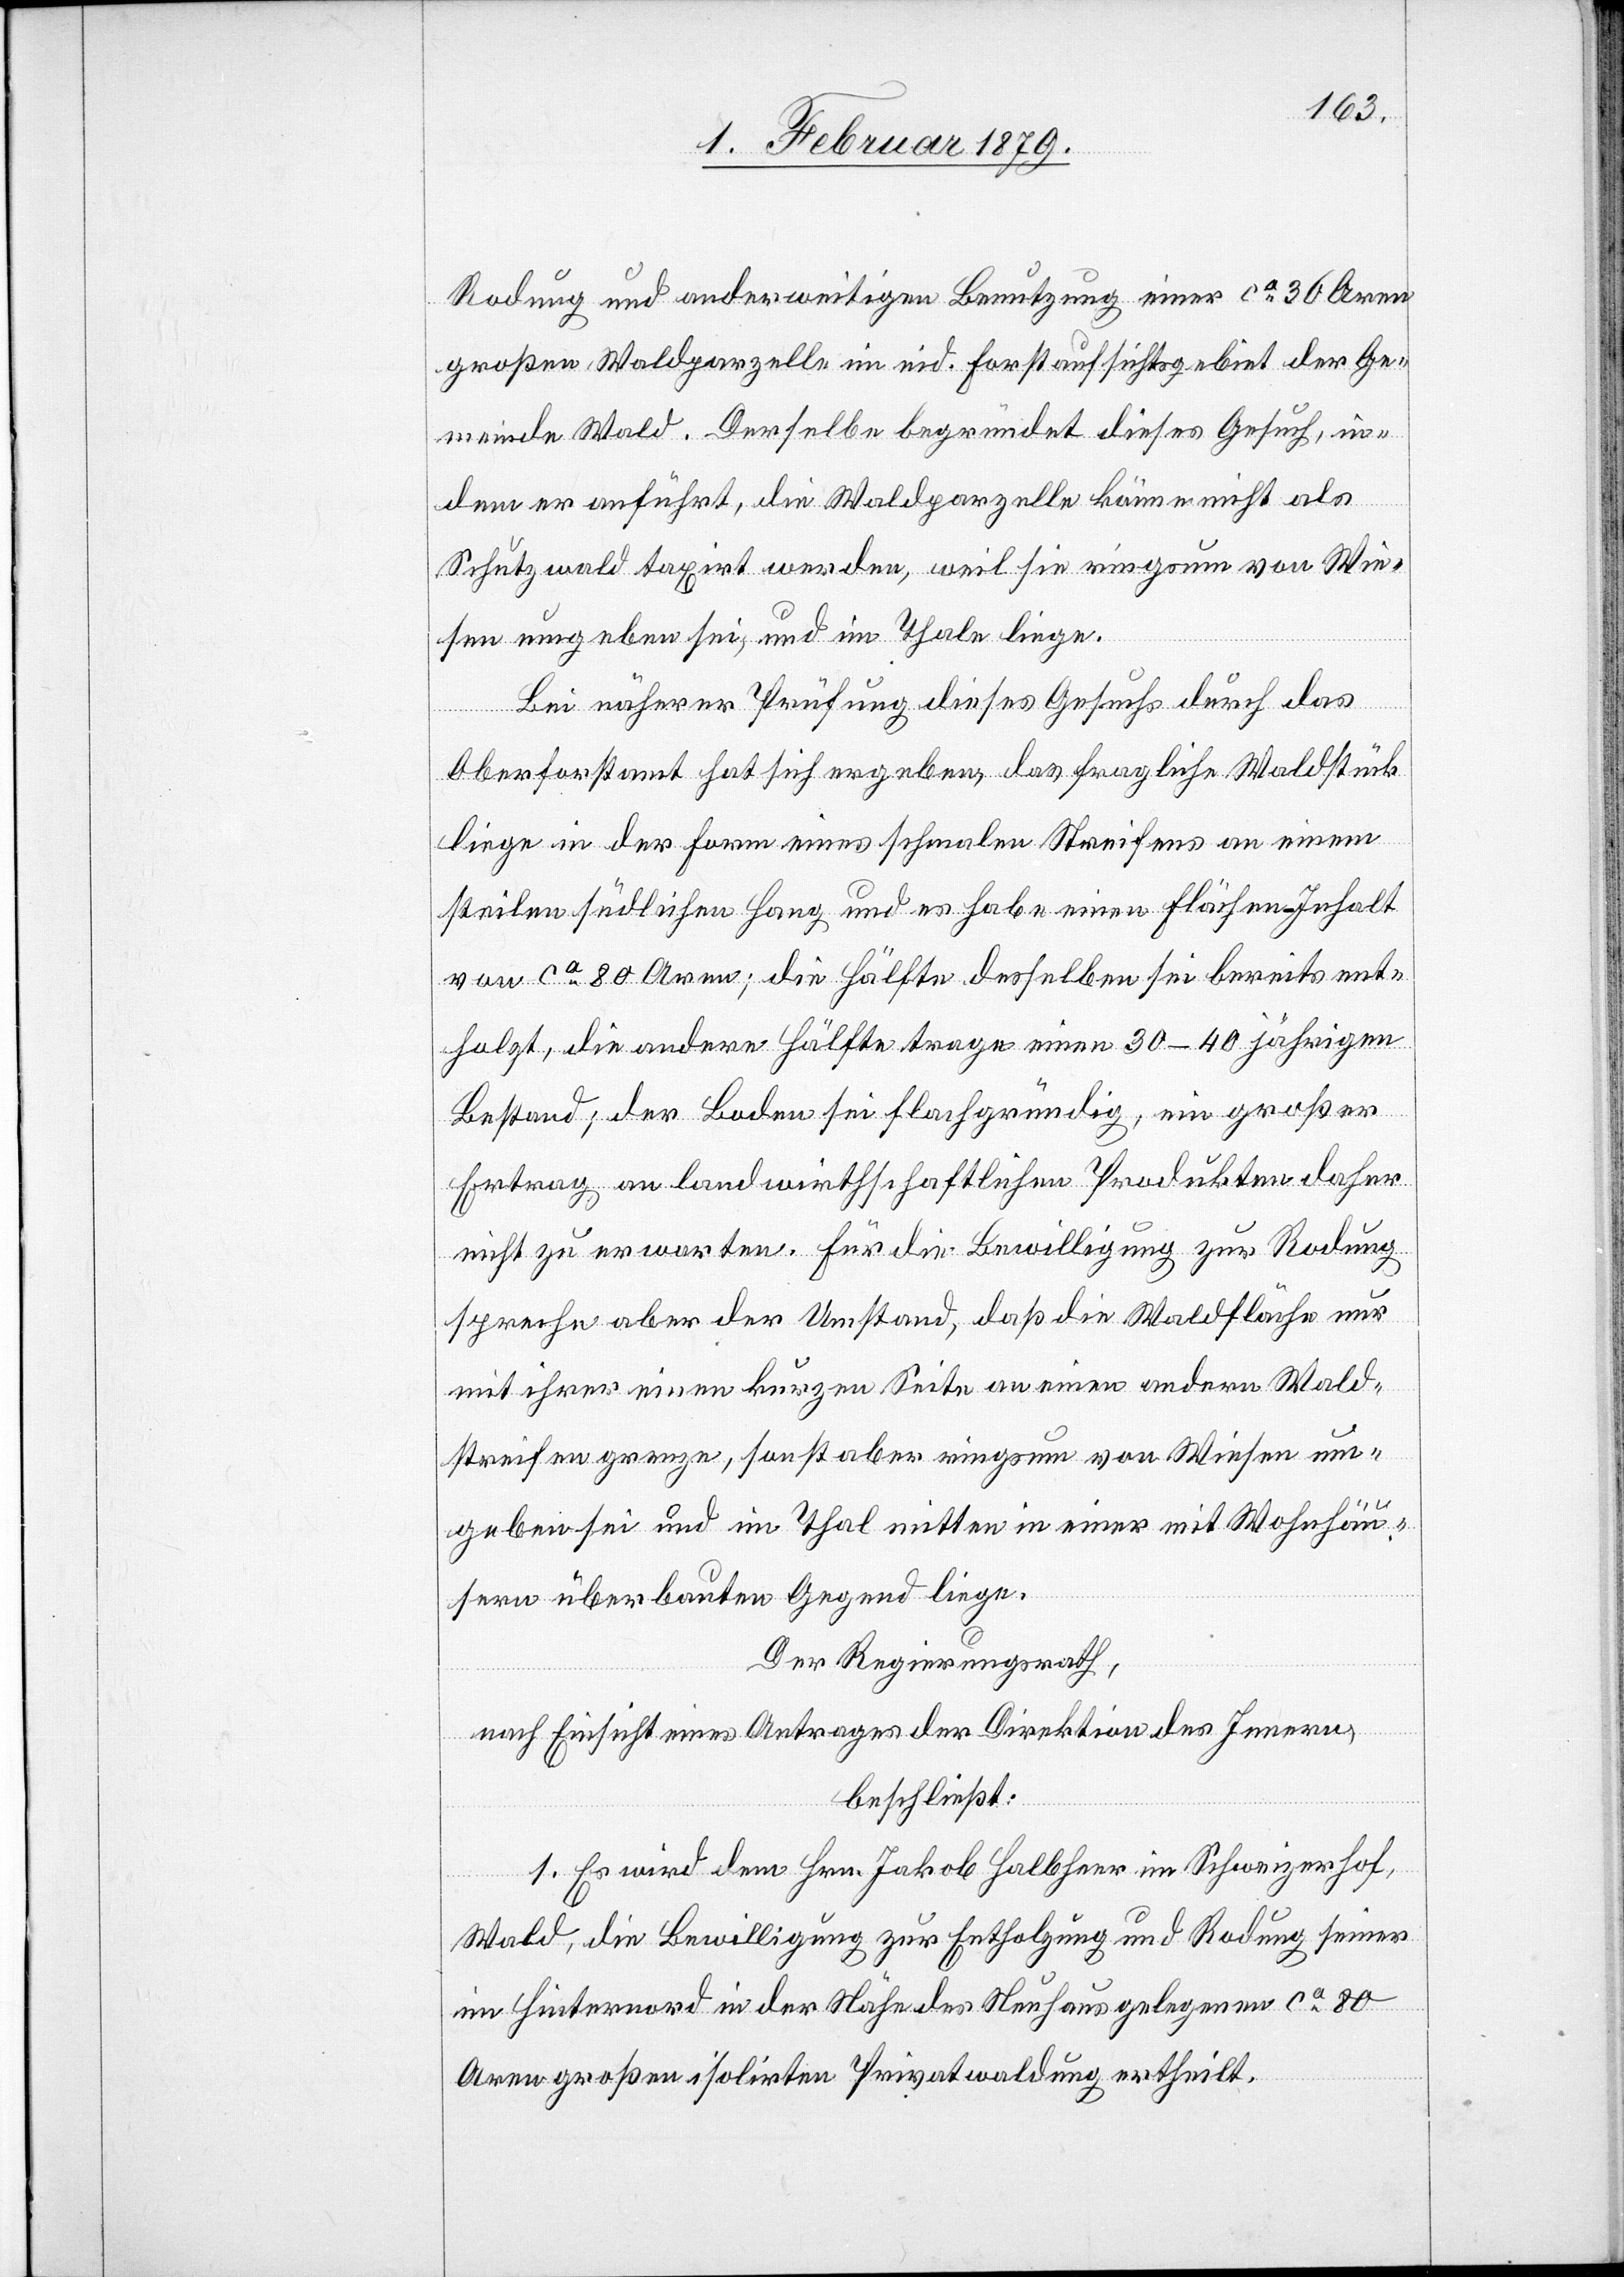
Rodung und anderweitigen Benutzung einer ca 36 Aren
großen Waldparzelle im eid. Forstaufsichtsgebiet der Ge¬
meinde Wald. Derselbe begründet dieses Gesuch, in¬
dem er anführt, die Waldparzelle könne nicht als
Schutzwald taxirt werden, weil sie ringsum von Wie¬
sen umgeben sei, und im Thale liege.
Bei näherer Prüfung dieses Gesuchs durch das
Oberforstamt hat sich ergeben, das fragliche Waldstück
liege in der Form eines schmalen Streifens an einem
steilen südlichen Hang und es habe einen Flächen-Inhalt
von ca 80 Aren; die Hälfte desselben sei bereits ent¬
holzt, die andere Hälfte trage einen 30–40 jährigen
Bestand; der Boden sei flachgründig, ein großer
Ertrag an landwirthschaftlichen Produkten daher
nicht zu erwarten. Für die Bewilligung zur Rodung
spreche aber der Umstand, daß die Waldfläche nur
mit ihrer einen kurzen Seite an einen andern Wald¬
streifen grenze, sonst aber ringsum von Wiesen um¬
geben sei und im Thal mitten in einer mit Wohnhäu¬
sern überbauten Gegend liege.
Der Regierungsrath,
nach Einsicht eines Antrages der Direktion des Innern,
beschließt:
1. Es wird dem Hrn. Jakob Halbheer im Schweizerhof,
Wald, die Bewilligung zur Entholzung und Rodung seiner
im Hinternord in der Nähe des Neuhaus gelegenen ca 80
Aren großen isolirten Privatwaldung ertheilt.